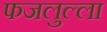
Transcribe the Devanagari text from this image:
फजलुल्ला